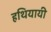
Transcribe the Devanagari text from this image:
हथियायी